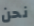
نحن